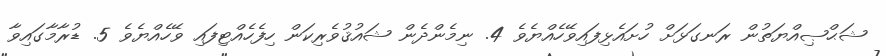
ޝަޙްޞިއްޔަތުން ރަނގަޅަށް ހުށައެޅިފައިވޭހެއްޔެވެ 4. ނިމެންދެން ޝައުޤުވެރިކަން ހިފެހެއްޓިފައި ވޭހެއްޔެވެ 5. ޑުރާމާގައިވާ